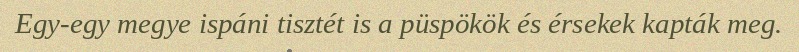
Egy-egy megye ispáni tisztét is a püspökök és érsekek kapták meg.